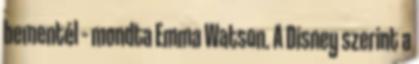
bementél – mondta Emma Watson. A Disney szerint a